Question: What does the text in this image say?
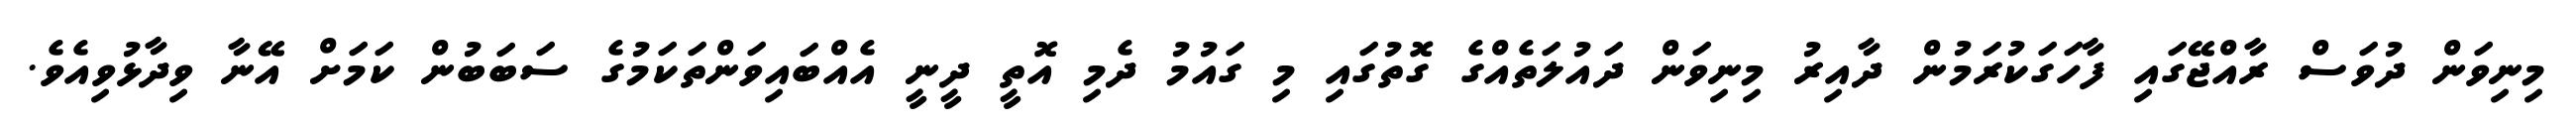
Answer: މިނިވަން ދުވަސް ރާއްޖޭގައި ފާހަގަކުރަމުން ދާއިރު މިނިވަން ދައުލަތެއްގެ ގޮތުގައި މި ގައުމު ދެމި އޮތީ ދީނީ އެއްބައިވަންތަކަމުގެ ސަބަބުން ކަމަށް އޭނާ ވިދާޅުވިއެވެ.